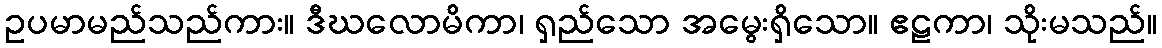
ဥပမာမည်သည်ကား။ ဒီဃလောမိကာ၊ ရှည်သော အမွေးရှိသော။ ဧဠကာ၊ သိုးမသည်။